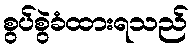
စွပ်စွဲခံထားရသည်